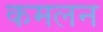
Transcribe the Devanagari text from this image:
कमलन